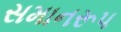
સમાનરૂપ